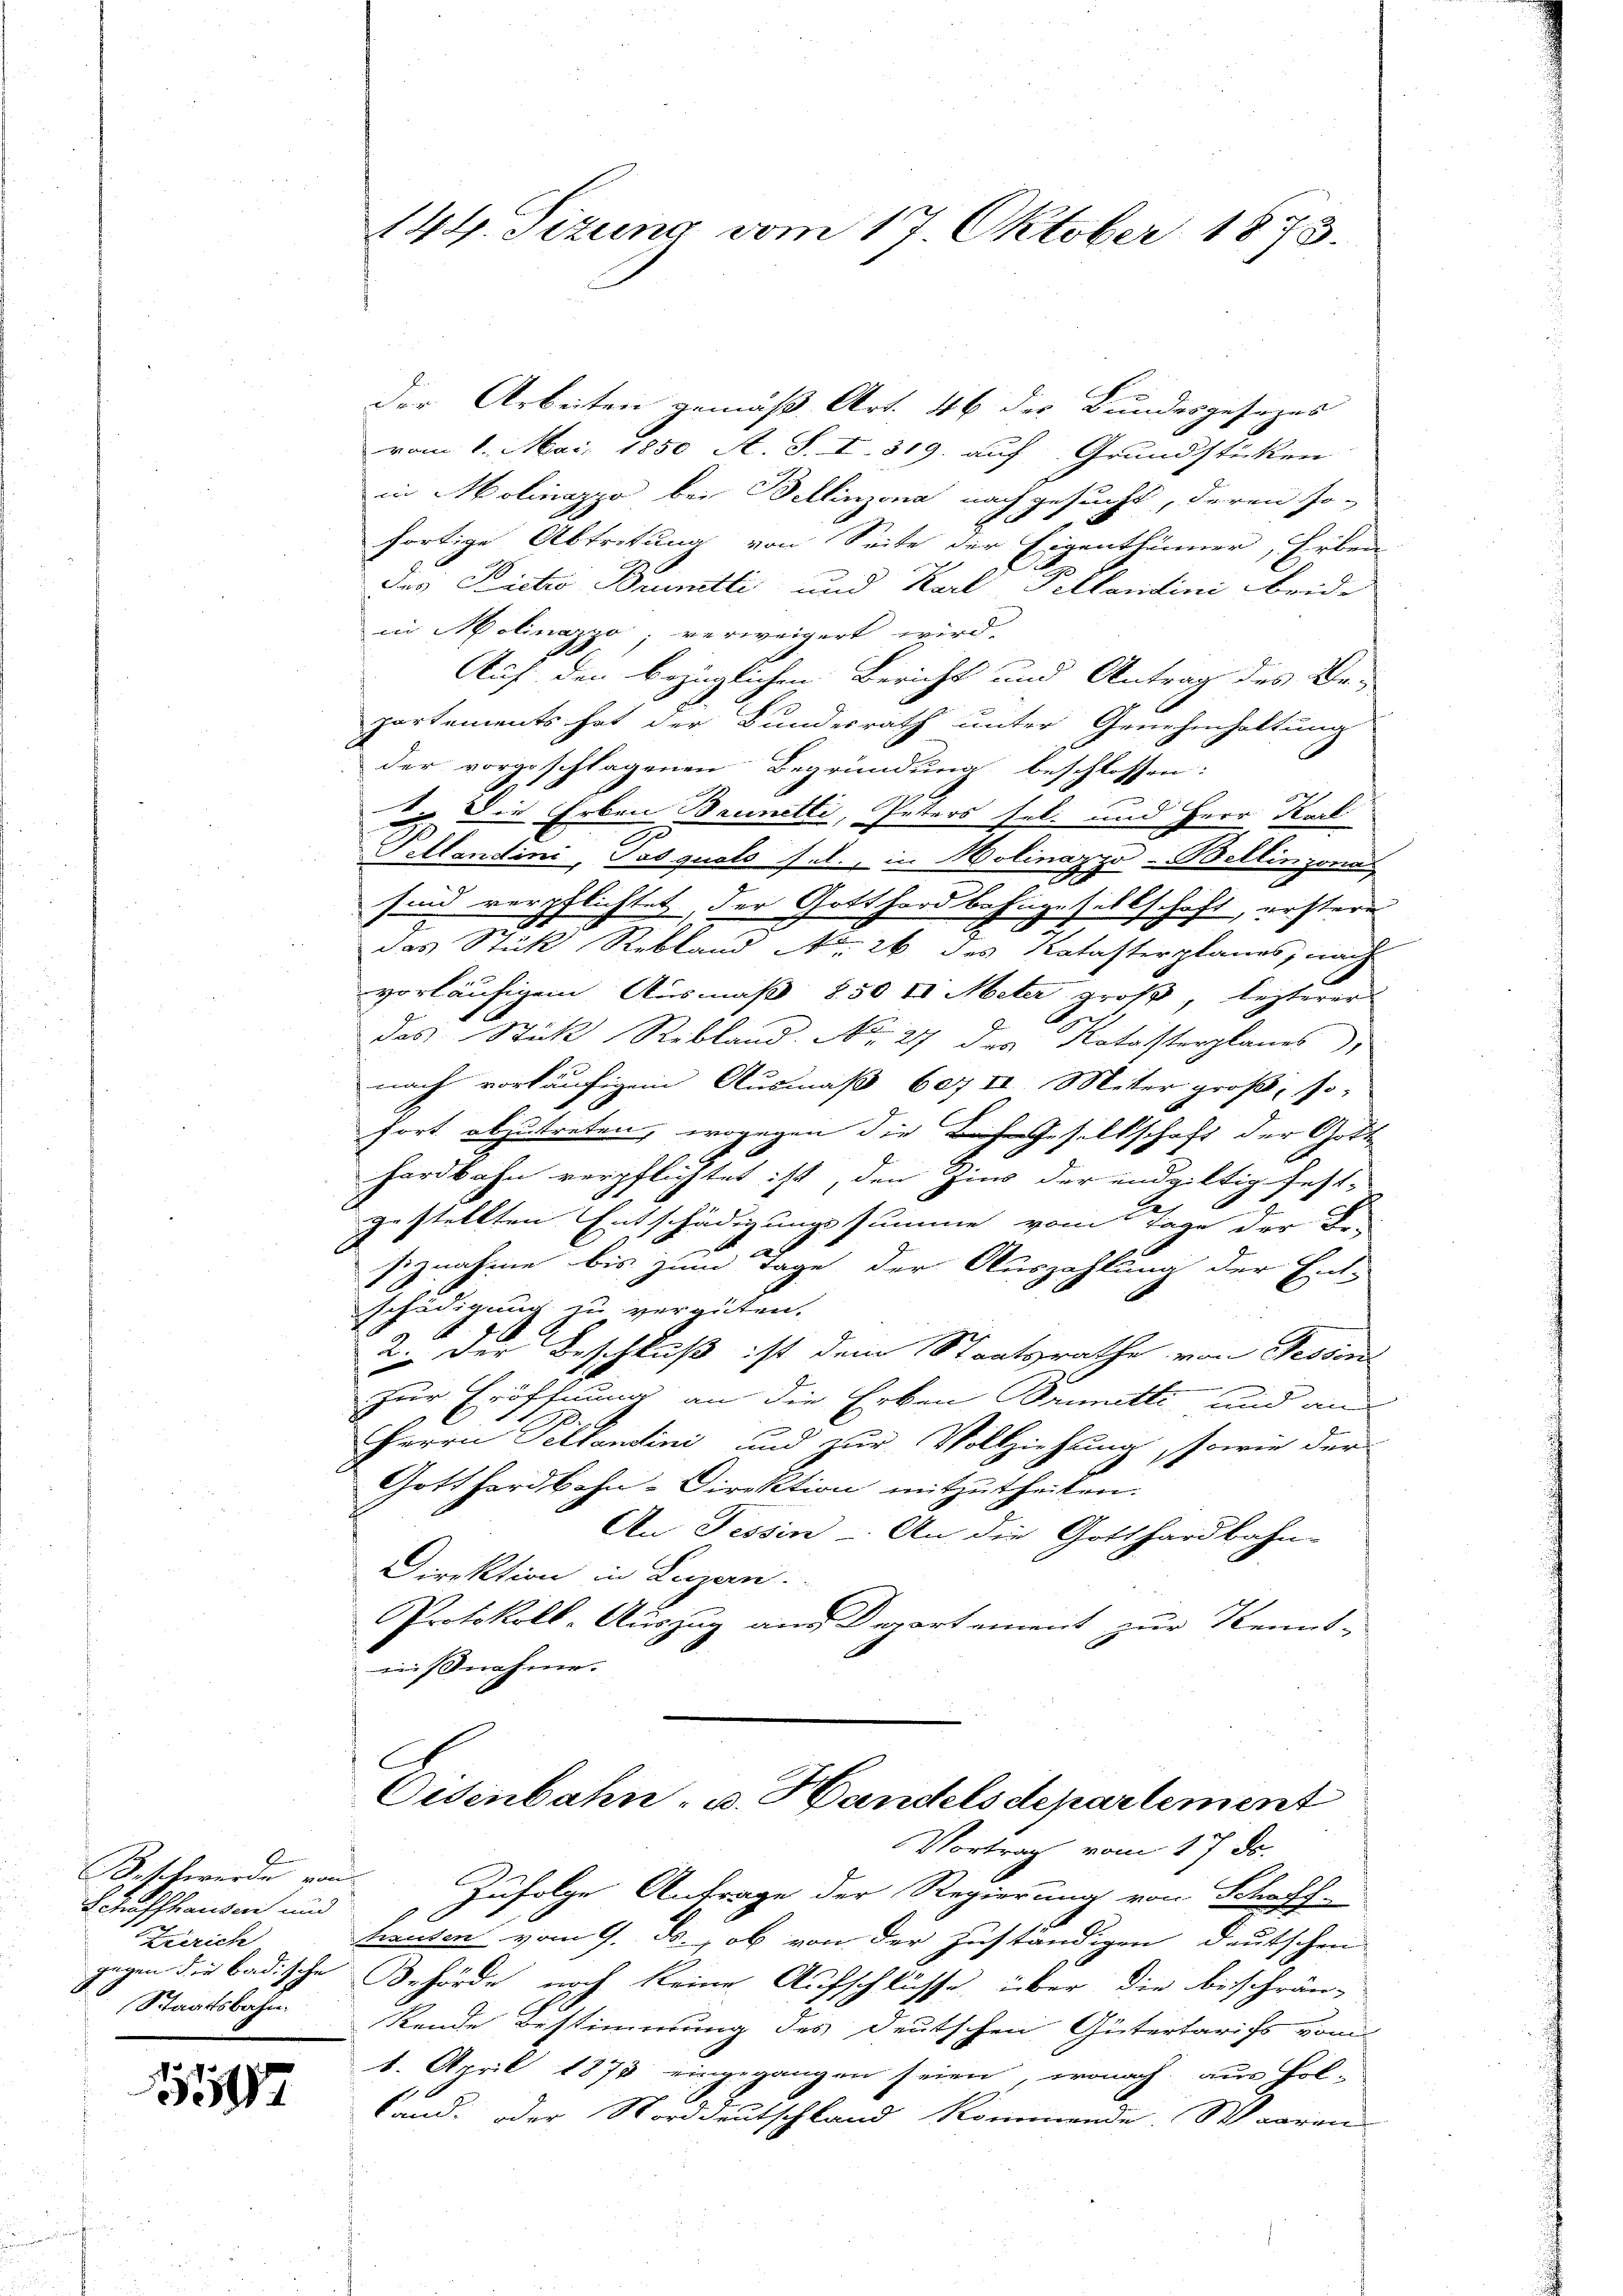
Beschwerde von
Schaffhausen und
Zürich
gegen den Badische
 Staatsbahn.

117

der Arbeiten gemäß Art. 46 des Bundesgesezes
vom 1. Mai 1850 A. S. I. 319. auf Grundsticken
in Molinapo bei Bellinzona nachgesucht, deren so-
fortige Abtretung von Seite der Eigenthümer, Erben
das Pietro Brummitti und Karl Pillandini beid-
in Molinazyo; verweigert wird.
Auf den bezüglichen Bericht und Antrag des Be-
partements hat der Bundesrath unter Genehmhaltung
der vorgeschlagenen Begründung beschlossen:
und die Erben Brunetli, Peters sel. und Herr Karl
Pellandini, Pasquato sel., in Molinazyo-Bellinzonas
sind verpflichtet, der Gotthardbahngesellschaft, erstere
das Stück Rebland No. 26 des Katasterplanes, nach
vorläufigen Ausmaß 850 l Meter groß, lezterer
das Stück Rebland. No. 27 des Notasterplanes,
nach vorläufigen Ausmaß 607 II Meter groß, so-
fort abzutreten, wogegen die Gesellschaft der Gott
hardbahn verpflichtet ist, den Zins der endgültig fest-
1
gestellten Entschädigungssumme vom Tage der Be-
siznahme bis zum Tage der Auszahlung der Ent-
schädigung zu vergüten.
2. der Beschluß ist dem Staatsrathe von Tessin
zur Eröffnung an die Erben Brumitte und au
Herrn Pellandini und zur Vollziehung, sowie der
Gotthardbahn-Direktion mitzutheilen.
An Tessin. An die Gotthardbahn-
Direktion in Luzern.
Protokoll-Auszug am Departement zur Kennt-
innahme.

144. Sizung vom 17. Oktober 1873.

Oisenbahn- u. Handelsdepartement
Vortrag vom 17. ds.

Zufolge Antrage der Regierung von Schoch-
tranden vom 9. ds., ob von der zuständigen deutschen
Behörde noch keine Aufschlüsse, über die beschrän-
Stende Bestimmung des deutschen Gütertarifs vom
6. April 1878 eingegangen seien, wonach aus fol-
xx
land. oder Norddeutschland kommende. Waren